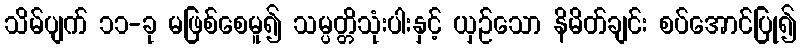
သိမ်ပျက် ၁၁-ခု မဖြစ်စေမူ၍ သမ္ပတ္တိသုံးပါးနှင့် ယှဉ်သော နိမိတ်ချင်း စပ်အောင်ပြု၍